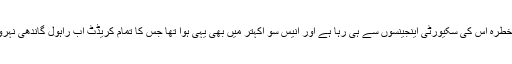
حق کا کلمہ تو یہ ہے کہ بقول شخصے پاکستان کو ہمیشہ خطرہ اس کی سکیورٹی اینجینسوں سے ہی رہا ہے اور انیس سو اکہتر میں بھی یہی ہوا تھا جس کا تمام کریڈٹ اب راہول گاندھی نہرو خاندان کے ’ کھاتے‘ میں ڈالنے کی کوشش کر رہے ہیں۔